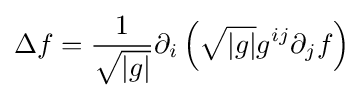
\Delta f={\frac {1}{\sqrt {|g|}}}\partial _{i}\left({\sqrt {|g|}}g^{ij}\partial _{j}f\right)